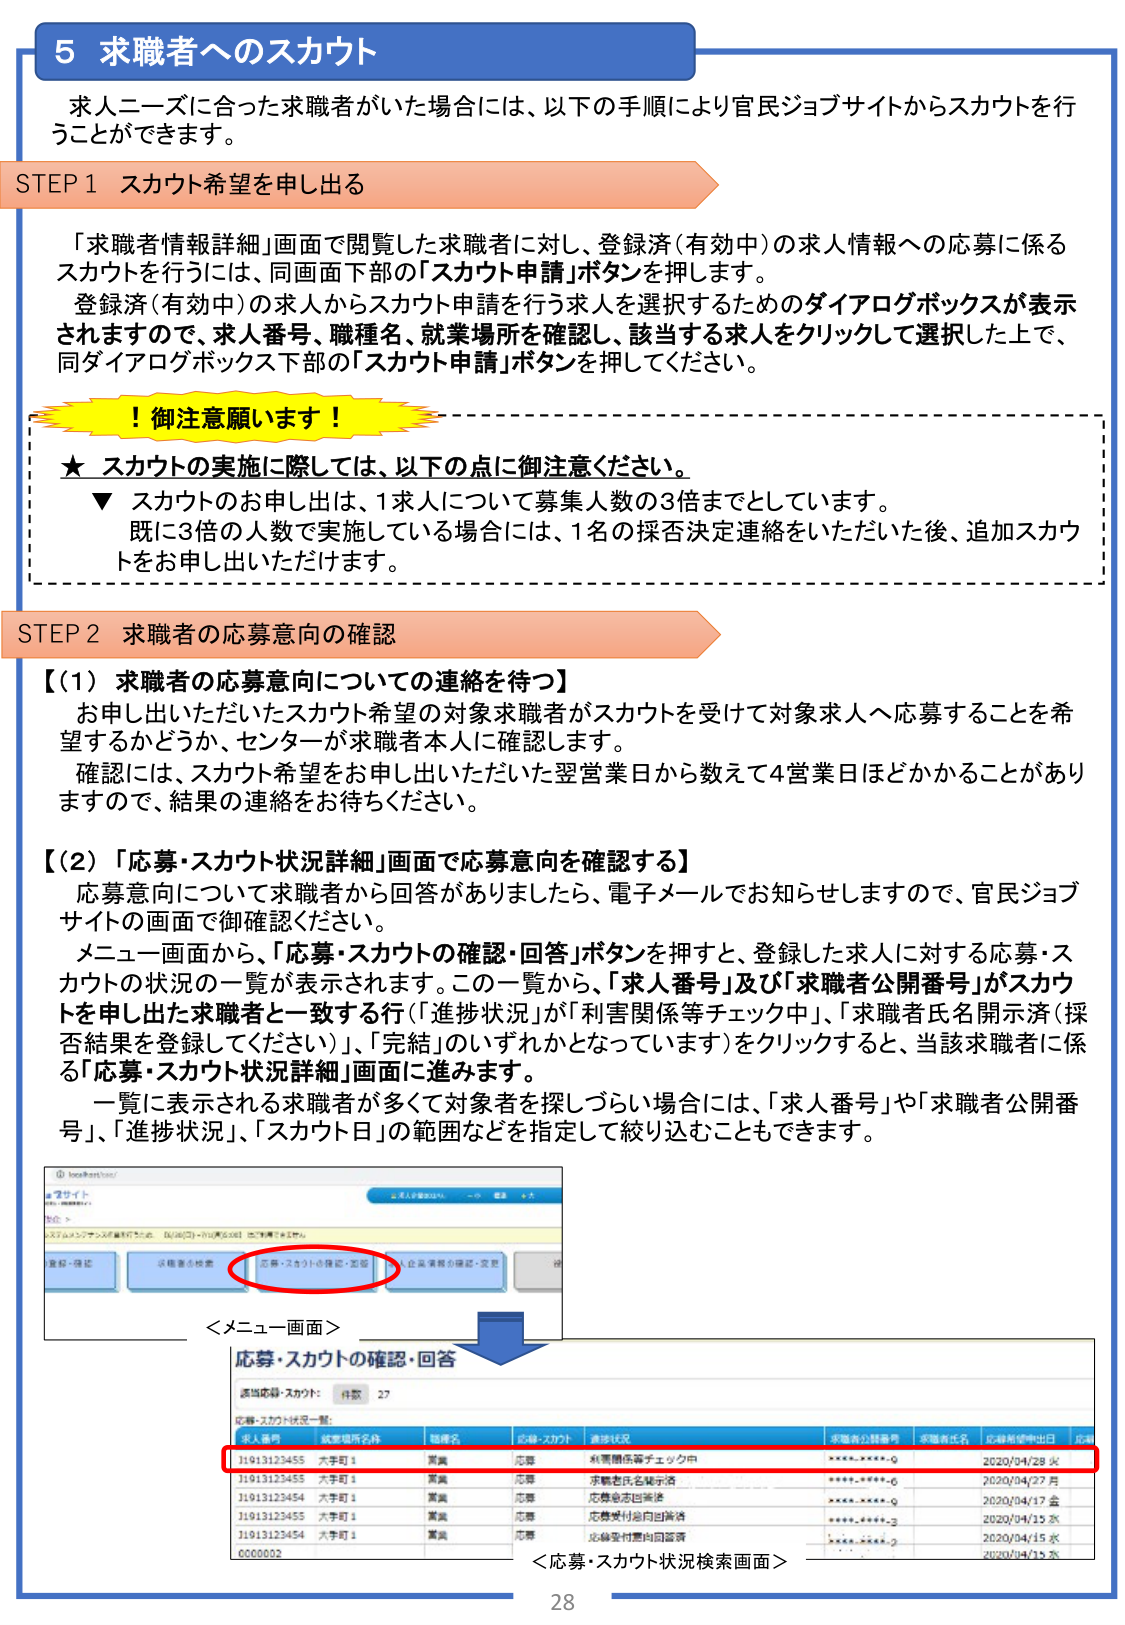
5 求職者へのスカウト

求人ニーズに合った求職者がいた場合には、以下の手順により官民ジョブサイトからスカウトを行うことができます。

STEP 1 スカウト希望を申し出る

「求職者情報詳細」画面で閲覧した求職者に対し、登録済（有効中）の求人情報への応募に係るスカウトを行うには、同画面下部の「スカウト申請」ボタンを押します。
登録済（有効中）の求人からスカウト申請を行う求人を選択するためのダイアログボックスが表示されますので、求人番号、職種名、就業場所を確認し、該当する求人をクリックして選択した上で、同ダイアログボックス下部の「スカウト申請」ボタンを押してください。

！御注意願います！

★ スカウトの実施に際しては、以下の点に御注意ください。
▼ スカウトのお申し出は、1求人について募集人数の3倍までとしています。
既に3倍の人数で実施している場合には、1名の採否決定連絡をいただいた後、追加スカウトをお申し出いただけます。

STEP 2 求職者の応募意向の確認

【（1）求職者の応募意向についての連絡を待つ】
お申し出いただいたスカウト希望の対象求職者がスカウトを受けて対象求人へ応募することを希望するかどうか、センターが求職者本人に確認します。
確認には、スカウト希望をお申し出いただいた翌営業日から数えて4営業日ほどかかることがありますので、結果の連絡をお待ちください。

【（2）「応募・スカウト状況詳細」画面で応募意向を確認する】
応募意向について求職者から回答がありましたら、電子メールでお知らせしますので、官民ジョブサイトの画面で御確認ください。
メニュー画面から、「応募・スカウトの確認・回答」ボタンを押すと、登録した求人に対する応募・スカウトの状況の一覧が表示されます。この一覧から、「求人番号」及び「求職者公開番号」がスカウトを申し出た求職者と一致する行（「進捗状況」が「利害関係等チェック中」、「求職者氏名開示済（採否結果を登録してください）」、「完結」のいずれかとなっています）をクリックすると、当該求職者に係る「応募・スカウト状況詳細」画面に進みます。
一覧に表示される求職者が多くて対象者を探しづらい場合には、「求人番号」や「求職者公開番号」、「進捗状況」、「スカウト日」の範囲などを指定して絞り込むこともできます。

＜メニュー画面＞
応募・スカウトの確認・回答
添付応募・スカウト： 件数 27
応募・スカウト状況一覧：
求人番号 求人掲示所名称 職種名 応募・スカウト 進捗状況 求職者公開番号 求職者氏名 応募希望申出日
31913123455 六甲町1 賃貸 応募 利害関係等チェック中 *****-****-0 2020/04/28 火
31913123455 六甲町1 賃貸 応募 求職者氏名開示済 *****-****-6 2020/04/27 月
31913123454 六甲町1 賃貸 応募 応募意志回答済 *****-****-0 2020/04/17 金
31913123455 六甲町1 賃貸 応募 応募受付意向回答済 *****-****-3 2020/04/15 水
31913123454 六甲町1 賃貸 応募 応募受付意向回答済 *****-****-2 2020/04/15 水
0000002 2020/04/15 水

＜応募・スカウト状況検索画面＞

28